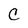
Character: C